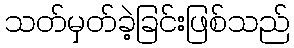
သတ်မှတ်ခဲ့ခြင်းဖြစ်သည်